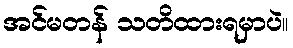
အင်မတန် သတိထားရမှာပဲ။